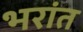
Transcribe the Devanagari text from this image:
भरांत